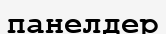
панелдер